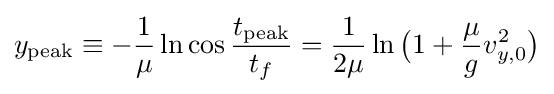
y_{\mathrm {peak} }\equiv -{\frac {1}{\mu }}\ln {\cos {\frac {t_{\mathrm {peak} }}{t_{f}}}}={\frac {1}{2\mu }}\ln {{\bigl (}1+{\frac {\mu }{g}}v_{y,0}^{2}{\bigr )}}